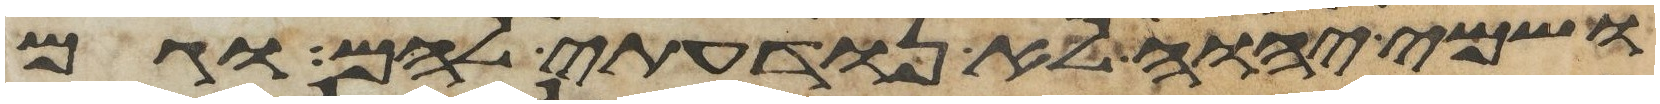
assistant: ושמי יהוה לא נודעתי להם וגם